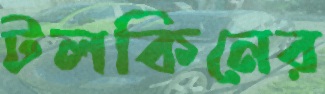
টলকিনের